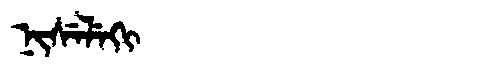
Manchu: ᠨᡳᠰᡝᠯᡝᡴᡳ
Romanization: NISELEKI